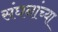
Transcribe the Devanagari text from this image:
संघनांच्या